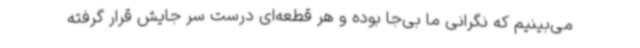
می‌بینیم که نگرانی ما بی‌جا بوده و هر قطعه‌ای درست سر جایش قرار گرفته